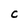
Character: C